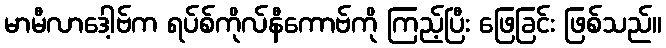
မာမီလာဒေါ့ဗ်က ရပ်စ်ကိုလ်နီကောဗ်ကို ကြည့်ပြီး ဖြေခြင်း ဖြစ်သည်။